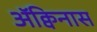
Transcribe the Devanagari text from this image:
ॲक्विनास